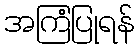
အကြံပြုရန်